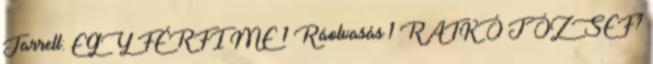
Jarrell: EGY FÉRFI ME 1 Ráolvasás 1 RATKÓ JÓZSEF?